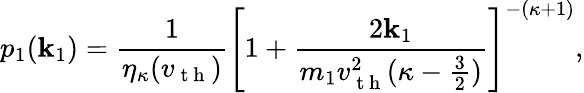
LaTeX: p_{1}(\mathbf{k}_{1})=\frac{{1}}{{\eta_{\kappa}(v_{\mathrm{{~t~h~}}})}}\left[1+\frac{{2\mathbf{k}_{1}}}{{m_{1}v_{\mathrm{{~t~h~}}}^{2}(\kappa-\frac{{3}}{{2}})}}\right]^{-(\kappa+1)},